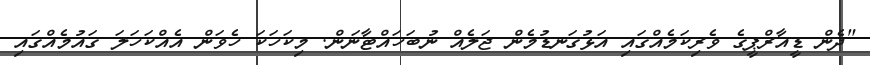
"ދެން ޑީއާރްޕީގެ ވެރިކަމެއްގައި އަޅުގަނޑުމެން ޖަލެއް ނުބަހައްޓާނަން. މިކަހަކަ ހެވަން އެއްކަހަލަ ގައުމެއްގައި